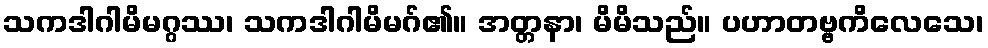
သကဒါဂါမိမဂ္ဂဿ၊ သကဒါဂါမိမဂ်၏။ အတ္တနာ၊ မိမိသည်။ ပဟာတဗ္ဗကိလေသေ၊